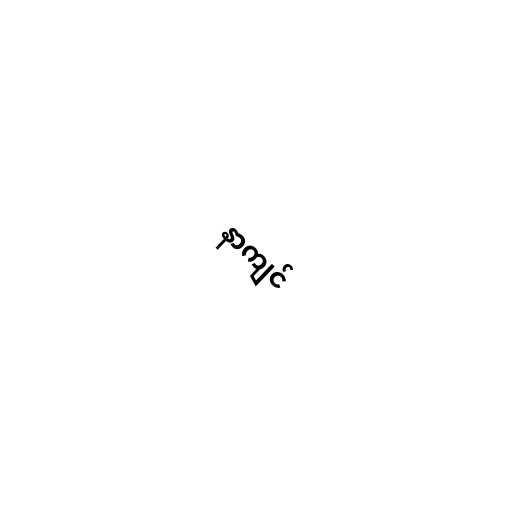
နာကျင်